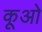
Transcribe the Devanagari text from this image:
कूओ